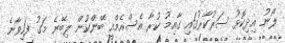
ލޯނު އިދިކޮޅު ސަރުކާރުގައި ގާއިމު ކުރާ އެސްއެމްއީ ބޭންކުން ލިބޭނެ މަގު ފަހިވާނެ